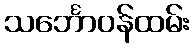
သင်္ဘောဝန်ထမ်း